Indian journal of veterinary science and animal husbandry - Volume 2,
Year: 1932
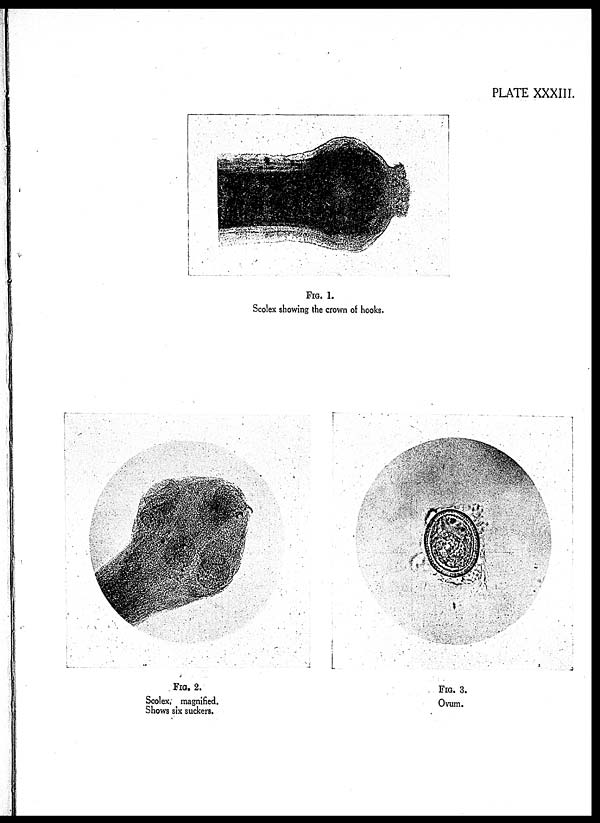
PLATE XXXIII.
FIG. 1.
Scolex showing the crown of hooks.
FIG. 2.
Scolex, magnified.
Shows six suckers.
FIG. 3.
Ovum.